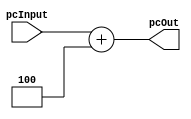

module Sumador4(
	input [6:0]pcInput,
	output reg [6:0]pcOut
);

always@*
begin
	
	pcOut = pcInput + 7'd 4;
	
end

endmodule